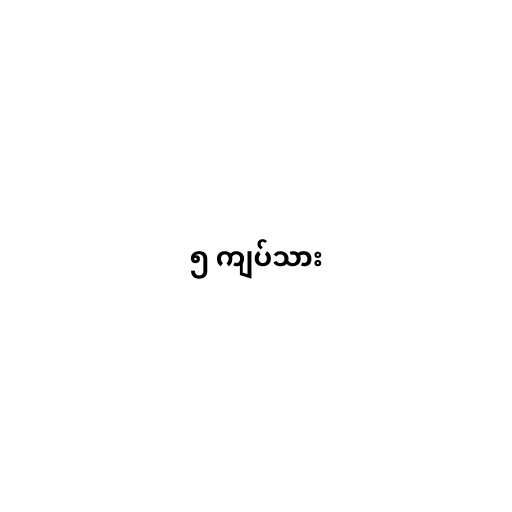
၅ ကျပ်သား